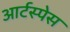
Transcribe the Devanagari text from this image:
आर्टस्पेस